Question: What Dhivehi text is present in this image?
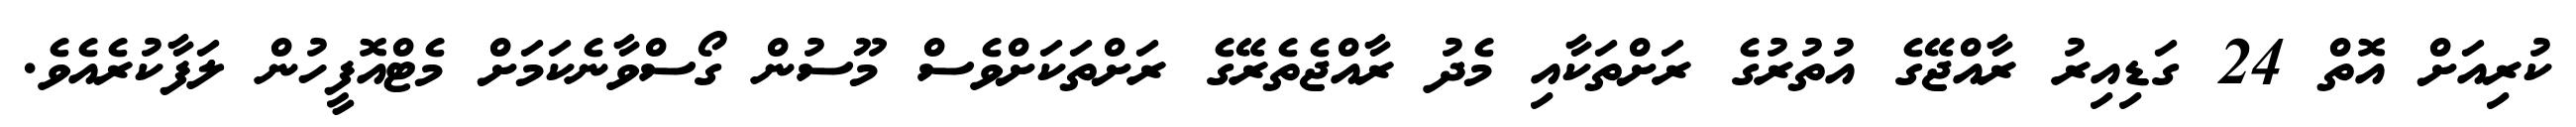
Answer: ކުރިއަށް އޮތް 24 ގަޑިއިރު ރާއްޖޭގެ އުތުރުގެ ރަށްތަކާއި މެދު ރާއްޖެތެރޭގެ ރަށްތަކަށްވެސް މޫސުން ގޯސްވާނެކަމަށް މެޓްއޮފީހުން ލަފާކުރެއެވެ.